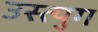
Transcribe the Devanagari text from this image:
उस्त्युग